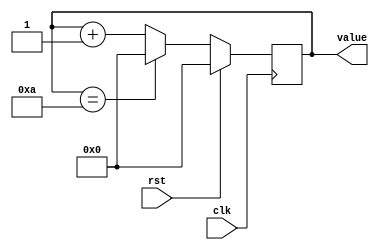
/*
   This file was generated automatically by the Mojo IDE version B1.3.6.
   Do not edit this file directly. Instead edit the original Lucid source.
   This is a temporary file and any changes made to it will be destroyed.
*/

/*
   Parameters:
     SIZE = 4
     DIV = 0
     TOP = 4b1010
     UP = 1
*/
module counter_45 (
    input clk,
    input rst,
    output reg [3:0] value
  );
  
  localparam SIZE = 3'h4;
  localparam DIV = 1'h0;
  localparam TOP = 4'ha;
  localparam UP = 1'h1;
  
  
  reg [3:0] M_ctr_d, M_ctr_q = 1'h0;
  
  localparam MAX_VALUE = 4'ha;
  
  always @* begin
    M_ctr_d = M_ctr_q;
    
    value = M_ctr_q[0+3-:4];
    if (1'h1) begin
      M_ctr_d = M_ctr_q + 1'h1;
      if (1'h1 && M_ctr_q == 4'ha) begin
        M_ctr_d = 1'h0;
      end
    end else begin
      M_ctr_d = M_ctr_q - 1'h1;
      if (1'h1 && M_ctr_q == 1'h0) begin
        M_ctr_d = 4'ha;
      end
    end
  end
  
  always @(posedge clk) begin
    if (rst == 1'b1) begin
      M_ctr_q <= 1'h0;
    end else begin
      M_ctr_q <= M_ctr_d;
    end
  end
  
endmodule